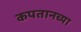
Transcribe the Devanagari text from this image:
कपतानच्या